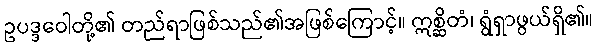
ဥပဒ္ဒဝေါတို့၏ တည်ရာဖြစ်သည်၏အဖြစ်ကြောင့်။ ဣစ္ဆိတံ၊ ရွံရှာဖွယ်ရှိ၏။